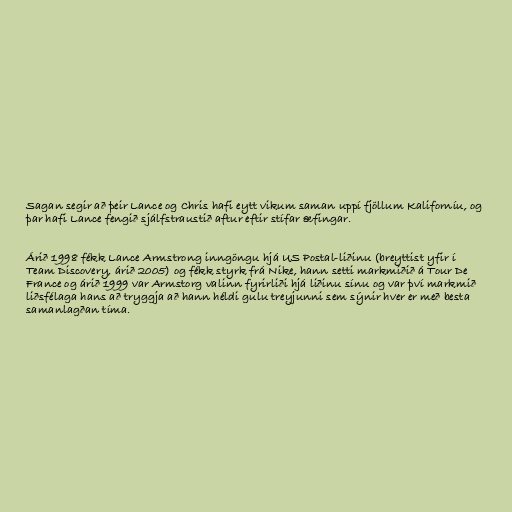
Sagan segir að þeir Lance og Chris hafi eytt vikum saman uppí fjöllum Kaliforníu, og
þar hafi Lance fengið sjálfstraustið aftur eftir stífar æfingar.

Árið 1998 fékk Lance Armstrong inngöngu hjá US Postal-liðinu (breyttist yfir í
Team Discovery, árið 2005) og fékk styrk frá Nike, hann setti markmiðið á Tour De
France og árið 1999 var Armstorg valinn fyrirliði hjá liðinu sínu og var því markmið
liðsfélaga hans að tryggja að hann héldi gulu treyjunni sem sýnir hver er með besta
samanlagðan tíma.